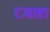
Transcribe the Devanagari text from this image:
ख़्वाहा